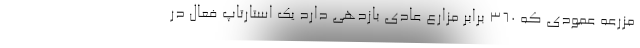
مزرعه عمودی که 360 برابر مزارع عادی بازدهی دارد یک استارتاپ فعال در